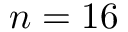
n = 1 6